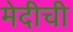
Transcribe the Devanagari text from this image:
मेदीची